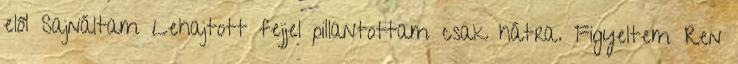
elől Sajnáltam Lehajtott fejjel pillantottam csak hátra. Figyeltem Ren